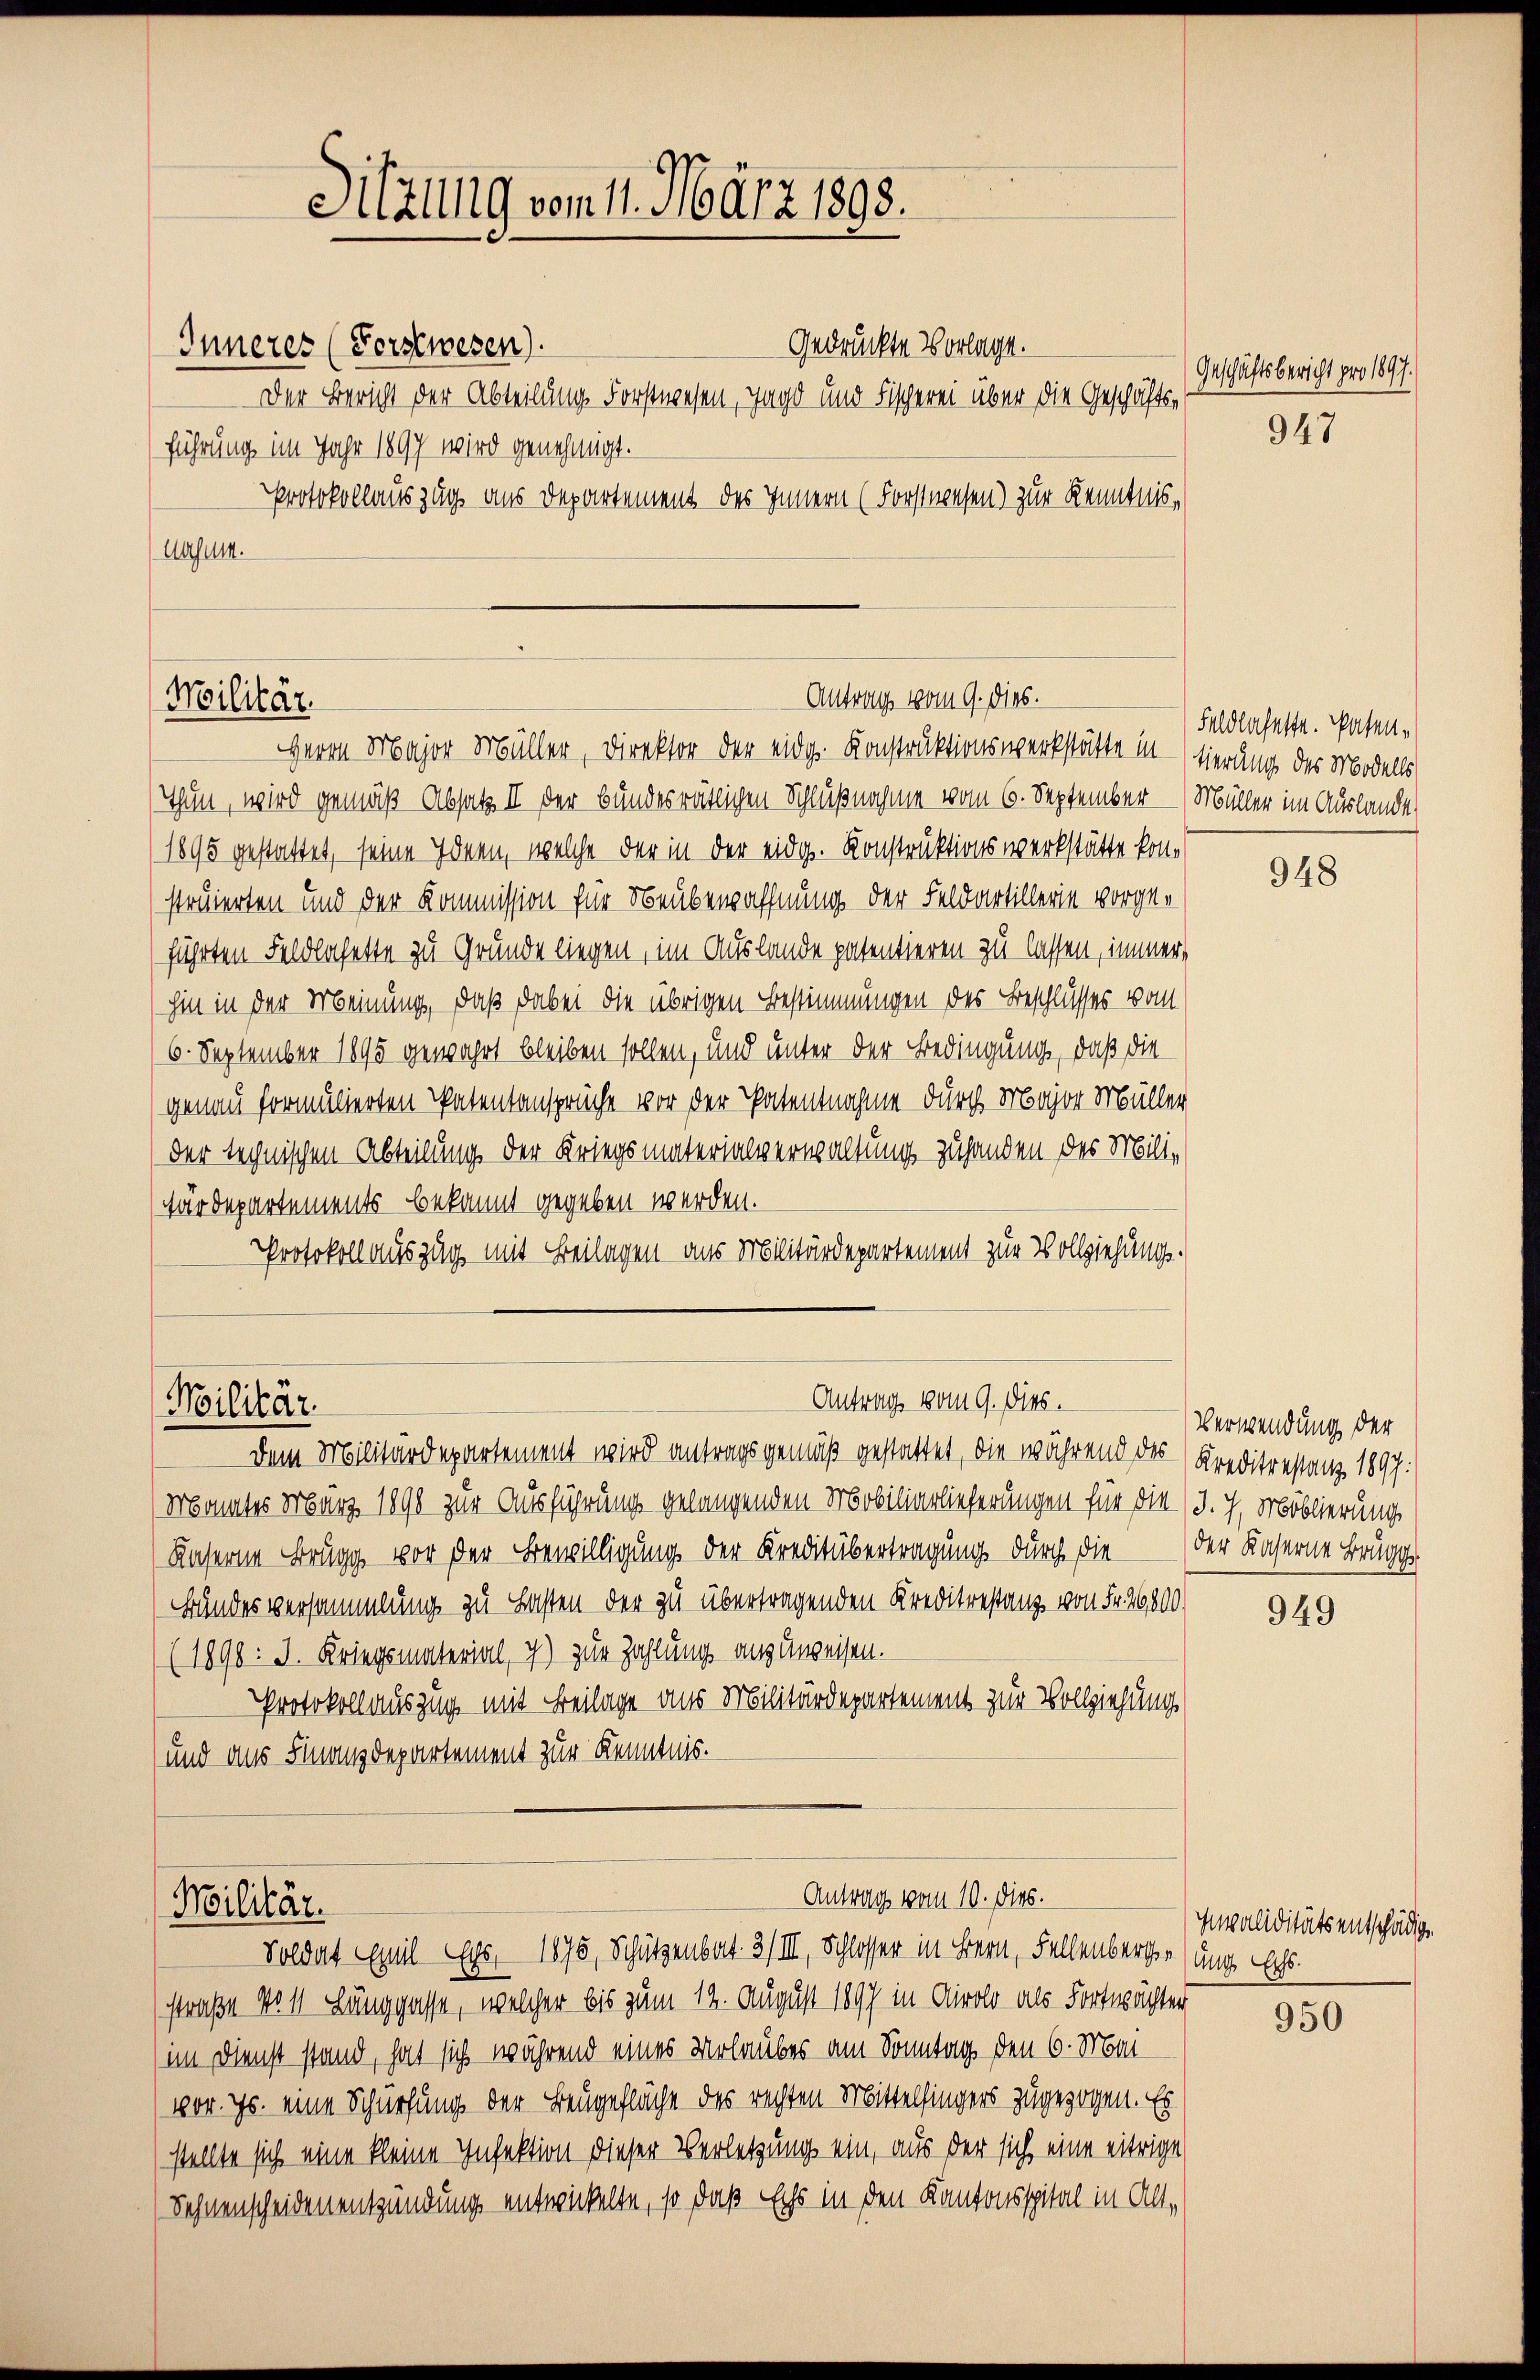
Gedrückte Vorlage.
Inneres (Forstwesen).
Der Bericht der Abteilung Forstwesen, Tage und Fischerei über die Geschäftsführung im Jahr 1897 wird genehmigt.
Protokollauszug aus Departement des Innern (Forstwesen) zur Kenntnis,
Ausum.

Militär.

Militär.

Sitzung vom 11. März 1898.

Antrag vom 9. dies.
Herrn Major Müller, Direktor der eidg. Konstruktionswerkstätte in - sierung der Modells

Thun, wird gemäß Absatz II der bundesräthigen Schlußnahme vom 6. September - Müller im Auslande
1895 gestattet, seine Ideen, welche der in der eidg. Konstruktionswerkstätte konstruierten und der Kommission für Neubewaffnung der Feldartillerie vorgeführten Feldbachette zu Grunde liegen, im Auslande patentieren zu lassen, immer
hin in der Meinung, daß dabei die übrigen Bestimmungen des Beschlusses vom
6. September 1895 gewahrt bleiben sollen, und unter der Bedingung, daß die
genau formulierten Patentansprüche vor der Patentnahme durch Major Müller
der technischen Abteilung der Kriegsmaterialverwaltung zuhanden des Miliwärdepartements bekannt gegeben werden.
Protokoll auszug mit Beilagen aus Militärdepartement zur Vollziehungs¬

Antrag vom 9. Dies.

Antrag vom 10. dies.
Militär.
Soldat Emil Eys, 1875, Schützenbat. 3/III, Schlosser in Bern, Fellenberger (unge Echs.

dem Militärdepartement wird antragsgemäß gestattet, die während des Kreditrestanz 1897.
Monates März 1890 zur Ausführung gelangenden Mobiliarlieferungen für die J. J. Moblierung
Kaserne Brugg vor der Bewilligung der Kreditübertragung durch die der Kaserne Brugg
Bundesversammlung zu Lasten der zu übertragenden Kreditrestanz von Fr. 26800.
(1898: J. Kriegsmaterial, c) zur Zahlung aus unweisen.
Protokoll auszug mit Beilage aus Militärdepartement zur Vollziehung
und aus Finanzdepartement zur Kenntnis.

straße No 11 Länggasse, welcher bis zum 12. August 1897 in Airolo als Fortwächter
im Dienst stand, hat sich während eines Verlaubes am Sonntag den 6. Mai
vor. Js. eine Schürfung der Beugefläche des rechten Mittelfingers zugezogen. Es
stellte sich eine kleine Infektion dieser Verletzung ein, aus der sich eine eitrige
Sehnenscheidenentzündung entwickelte, so daß Echs in den Kantonsspital in Alt¬

Geschäftsbericht pro 1897.
947

Faldloseste. Paten¬

948

Verwendung der

949

Invaliditäts entschädige

950